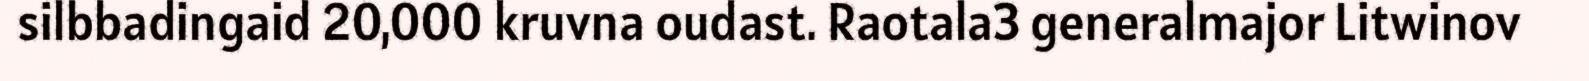
silbbadingaid 20,000 kruvna oudast. Raotala3 generalmajor Litwinov